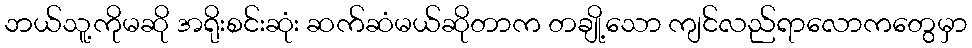
ဘယ်သူ့ကိုမဆို အရိုးစင်းဆုံး ဆက်ဆံမယ်ဆိုတာက တချို့သော ကျင်လည်ရာလောကတွေမှာ